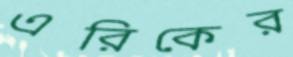
এরিকের